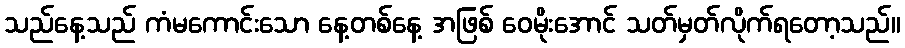
သည်နေ့သည် ကံမကောင်းသော နေ့တစ်နေ့ အဖြစ် ဝေမိုးအောင် သတ်မှတ်လိုက်ရတော့သည်။